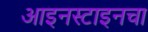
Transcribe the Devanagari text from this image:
आइनस्टाइनचा